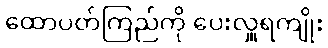
ထောပတ်ကြည်ကို ပေးလှူရကျိုး